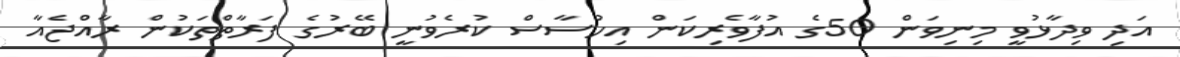
އަދި ވިދާޅުވީ މިނިވަން 50ގެ އުފާވެރިކަން އިހުސާސް ކުރެވުނީ ބޭރުގެ ފަރާތްތަކުން ރާއްޖެއާ